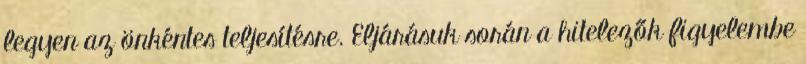
legyen az önkéntes teljesítésre. Eljárásuk során a hitelezők figyelembe